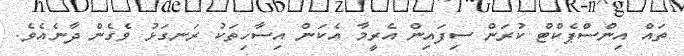
ތައް އިންސްޕެކްޓް ކުރަން ސިފައިން އެރީމާ އެކަން އިސާހިތަކު ރަނގަޅު ވެގެން ދާނެއެވެ.